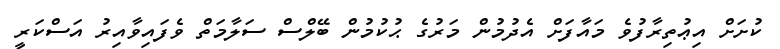
ކުށަށް އިޢުތިރާފުވެ މައާފަށް އެދުމުން މަރުގެ ޙުކުމުން ބޭލްސް ސަލާމަތް ވެފައިވާއިރު އަސްކަރީ